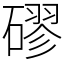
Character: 磟